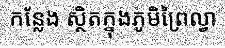
កន្លែង ស្ថិតក្នុងភូមិព្រៃល្វា